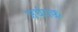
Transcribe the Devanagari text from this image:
अर्धपक्व